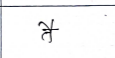
मजकूर: तै